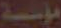
مؤسسة